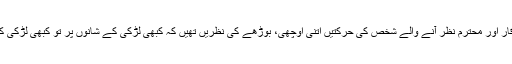
چہرے سے اتنا پروقار اور محترم نظر آنے والے شخص کی حرکتیں اتنی اوچھی، بوڑھے کی نظریں تھیں کہ کبھی لڑکی کے شانوں پر تو کبھی لڑکی کی عریاں ٹانگوں پر۔